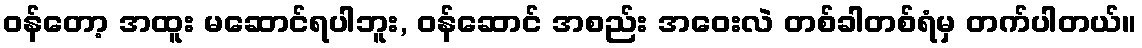
ဝန်တော့ အထူး မဆောင်ရပါဘူး, ဝန်ဆောင် အစည်း အဝေးလဲ တစ်ခါတစ်ရံမှ တက်ပါတယ်။